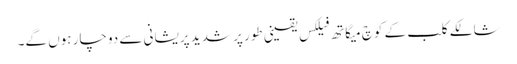
شالکے کلب کے کوچ میگاتھ فیلکس یقینی طور پر شدید پریشانی سے دوچار ہوں گے۔